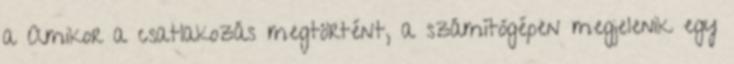
a Amikor a csatlakozás megtörtént, a számítógépen megjelenik egy